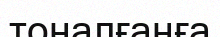
тоналғанға